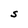
Character: S